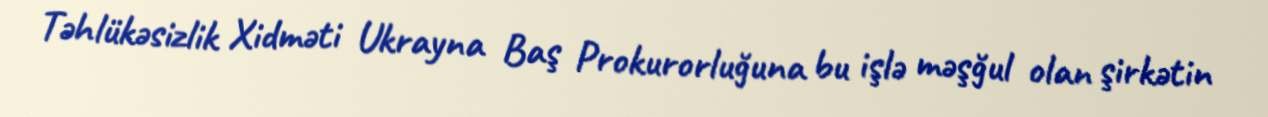
Təhlükəsizlik Xidməti Ukrayna Baş Prokurorluğuna bu işlə məşğul olan şirkətin